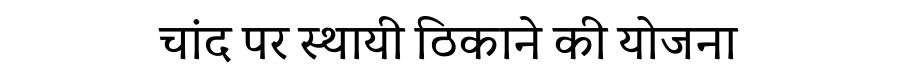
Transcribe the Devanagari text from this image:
चांद पर स्थायी ठिकाने की योजना